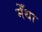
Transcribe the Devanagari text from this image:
मेँथा